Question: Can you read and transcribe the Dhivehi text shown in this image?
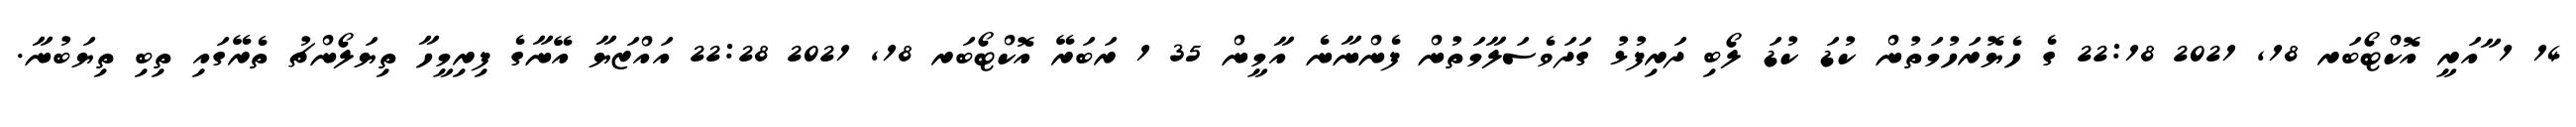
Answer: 14 1 ާއަރީ އޮކްޓޯބަރ 18, 2021 22:18 ގެ ހެޔޮރަހުމަތުން ކުޑަ ކުޑަ ލޯބި ދަރިފުޅު ގަދަވެސަލާމަތުން ފެންނާނެ އާމީން 35 1 ރަބަރޭ އޮކްޓޯބަރ 18, 2021 22:28 އައްޒަޔާ އޭނާގެ ފިރިމީހާ ތިޔަލޯންޗު ތެރޭގައި ތިބި ތިޔަބުނާ.